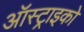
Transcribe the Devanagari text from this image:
ऑस्ट्राइको